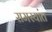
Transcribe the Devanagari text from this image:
समस्यांत